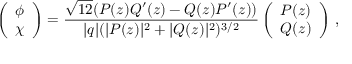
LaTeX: \left( \begin{array} { c } { { \phi } } \\ { { \chi } } \end{array} \right) = \frac { \sqrt { 1 2 } ( P ( z ) Q ^ { \prime } ( z ) - Q ( z ) P ^ { \prime } ( z ) ) } { | q | ( | P ( z ) | ^ { 2 } + | Q ( z ) | ^ { 2 } ) ^ { 3 / 2 } } \left( \begin{array} { c } { { P ( z ) } } \\ { { Q ( z ) } } \end{array} \right) \, ,